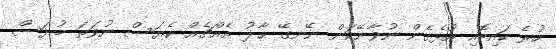
ހުރެ ކައިބޮއި އުޅެގެން ނުވާނޭކަން ނޭނގޭ ޙާލު އެއްޗެއް ކެޔަސް ނުވަތަ ބުޔަސް